Statistical return of the lunatic asylum in Assam - 1912-1932
Year: 1912
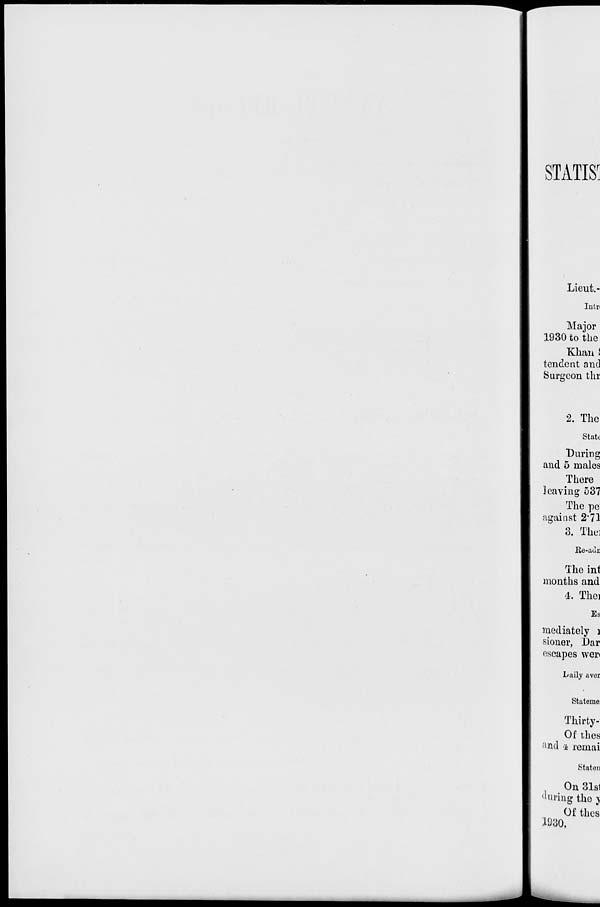
STATIST
Lieut. -
Into
Major
1930 to the
Khan !
tendent and
Surgeon thi
2. The
Statt
"During
and 5 males
There
leaving 537
The pe
against 2'71
3. The]
Ee-auu
The int
months and
4. Thei
Es
mediately I
sioner, I)ar
escapes wer<
Laily aver
Stateme:
Thirty- 1
Of thes
and 4 remai
Stateii
On 31s1
'luring the j
Of thes
1930,